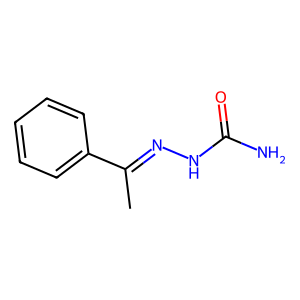
SMILES: CC(=NNC(N)=O)c1ccccc1
Inhibits HIV replication: No